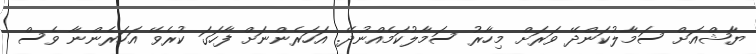
ޔާޝްއަށް ސަމާލުކަންދޭ ވަރަށް މިހާރު ސަމާލުކަމެއްނުދޭ. އަހަރެންނަށް ފާހަގަ ކުރެވޭ އަހަރެންނާ ވެސް